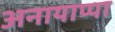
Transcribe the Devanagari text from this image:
अनायाप्पा